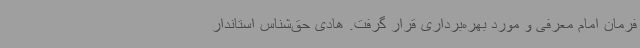
فرمان امام معرفی و مورد بهره‌برداری قرار گرفت. هادی حق‌شناس استاندار